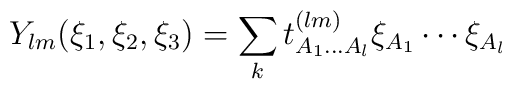
Y_{lm} (\xi_1, \xi_2, \xi_3)= \sum_k t^{(lm)}_{A_1 \ldots A_l} \xi_{A_1} \cdots \xi_{A_l}\,